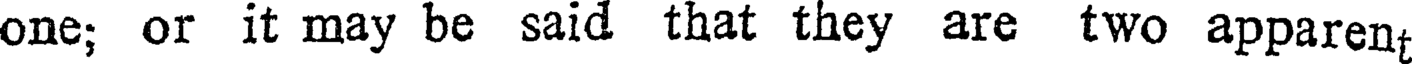
one; or it may be said that they are two apparen